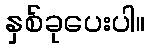
နှစ်ခုပေးပါ။